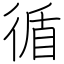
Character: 循